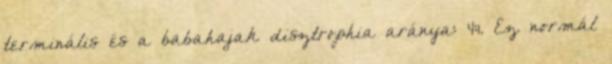
terminális és a babahajak disztrophia aránya: 4:1. Ez normál